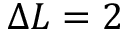
\Delta L = 2